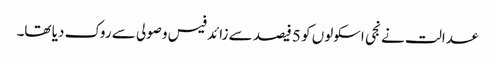
عدالت نے نجی اسکولوں کو 5 فیصد سے زائد فیس وصولی سے روک دیا تھا۔